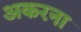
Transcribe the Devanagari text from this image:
अकरना